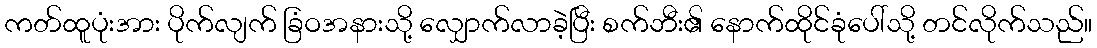
ကတ်ထူပုံးအား ပိုက်လျက် ခြံဝအနားသို့ လျှောက်လာခဲ့ပြီး စက်ဘီး၏ နောက်ထိုင်ခုံပေါ်သို့ တင်လိုက်သည်။